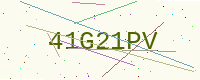
Text: 41G21PV